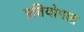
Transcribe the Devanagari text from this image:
प्रतियोगात